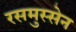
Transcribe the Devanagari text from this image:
रसमुस्सेन